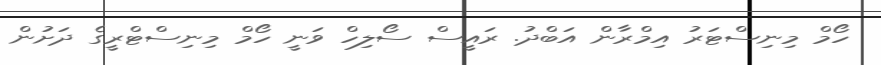
ހޯމް މިނިސްޓަރު އިމްރާން އަބްދު. ރައީސް ސޯލިހް ވަނީ ހޯމް މިނިސްޓްރީގެ ދަށުން